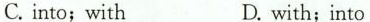
C.into;with D.with;into